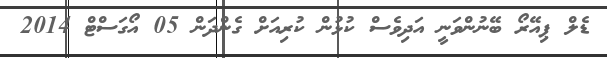
ޑެލް ޕިއޭރޯ ބޭނުންވަނީ އަދިވެސް ކުޅުން ކުރިއަށް ގެންދަން 05 އޯގަސްޓް 2014